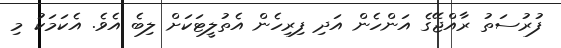
ފުރުސަތު ރާއްޖޭގެ އަންހެން އަދި ފިރިހެން އެތުލީޓަކަށް ލިބެ އެވެ. އެކަމަކު މި